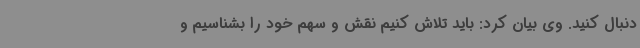
دنبال کنید. وی بیان کرد: باید تلاش کنیم نقش و سهم خود را بشناسیم و